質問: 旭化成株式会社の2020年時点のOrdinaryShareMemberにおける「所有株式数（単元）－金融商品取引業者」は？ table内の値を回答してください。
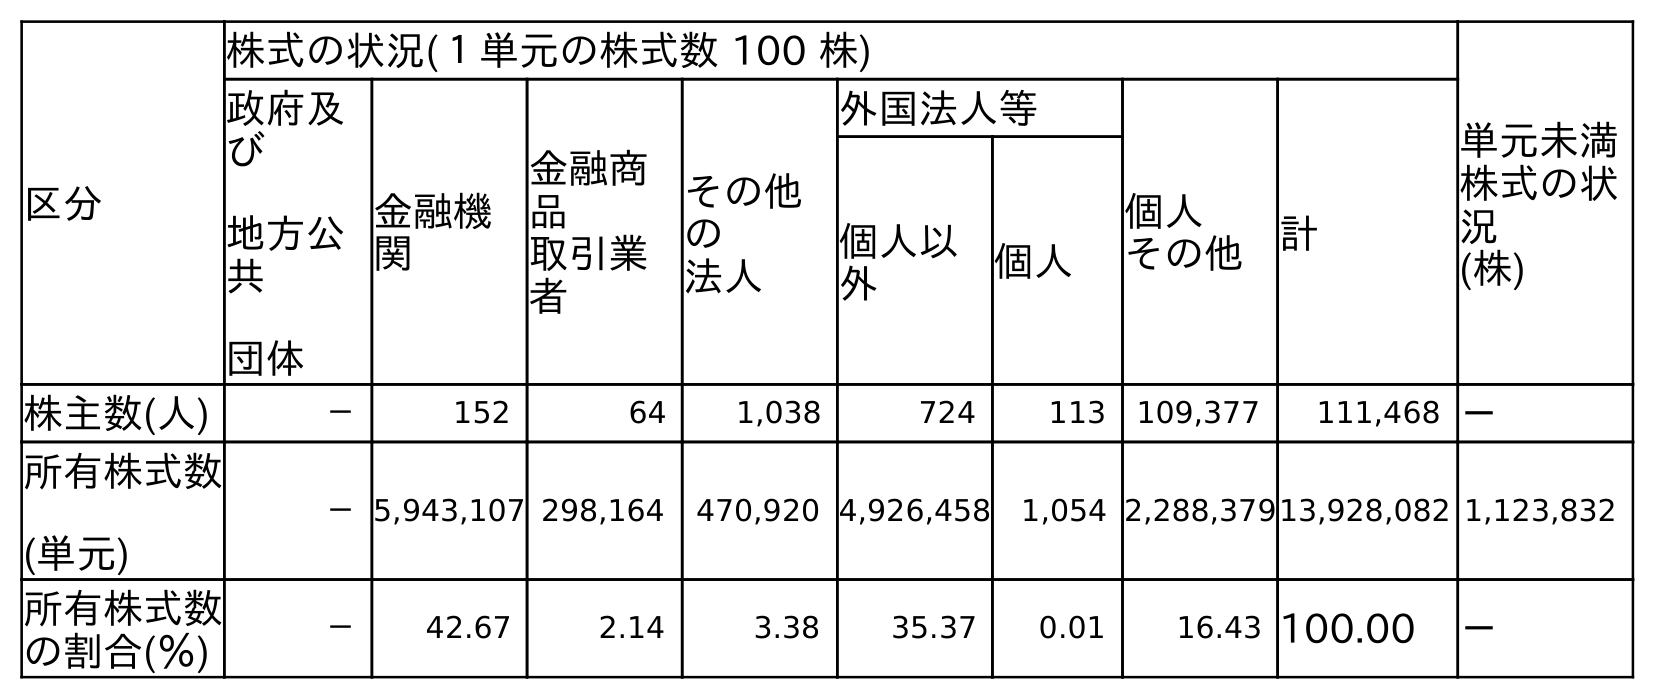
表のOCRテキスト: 区分 株式の状況(１単元の株式数 100 株) 単元未満 株式の状 況 (株) 政府及 び 地方公 共 団体 金融機 関 金融商 品 取引業 者 その他 の 法人 外国法人等 個人 その他 計 個人以 外 個人 株主数(人) － 152 64 1,038 724 113 109,377 111,468 － 所有株式数 (単元) －5,943,107 298,164 470,920 4,926,458 1,054 2,288,37913,928,082 1,123,832 所有株式数 の割合(％) － 42.67 2.14 3.38 35.37 0.01 16.43 100.00 －
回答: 298,164